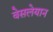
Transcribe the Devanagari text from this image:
वेसलेयान